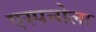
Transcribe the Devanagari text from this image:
एस्पनोला